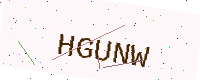
Text: HGUNW